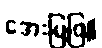
အေးမြဖြူ